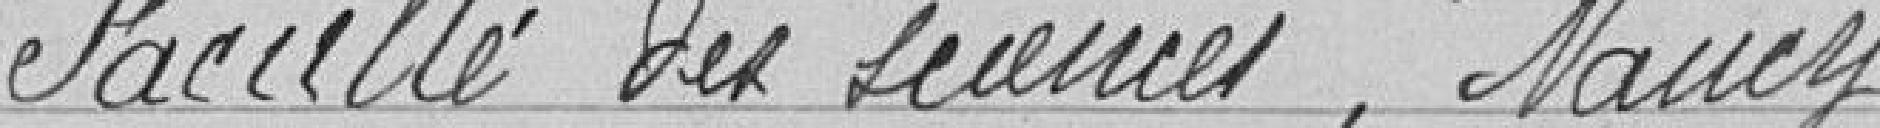
Faculté des Sciences, Nancy